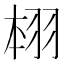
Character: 翉